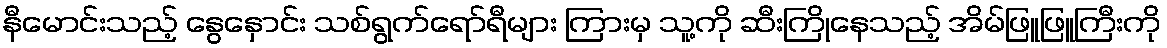
နီမောင်းသည့် နွေနှောင်း သစ်ရွက်ရော်ရီများ ကြားမှ သူ့ကို ဆီးကြိုနေသည့် အိမ်ဖြူဖြူကြီးကို